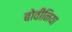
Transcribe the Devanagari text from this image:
बोवीनिया